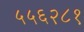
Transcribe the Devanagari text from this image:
५५६२८१